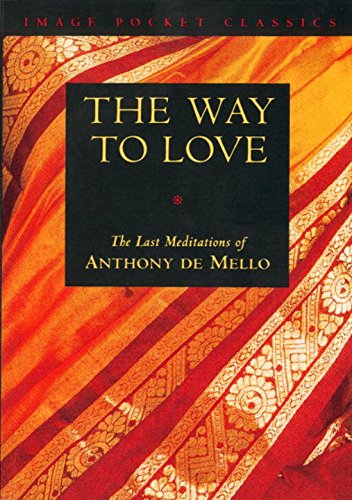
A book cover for The Way to Love: The Last Meditations of Anthony de Mello (Image Pocket Classics); Anthony de Mello; Christian Books & Bibles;